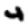
Digit: 4